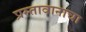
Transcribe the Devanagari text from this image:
प्रस्तावानाचा